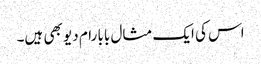
اس کی ایک مثال بابا رام دیو بھی ہیں۔